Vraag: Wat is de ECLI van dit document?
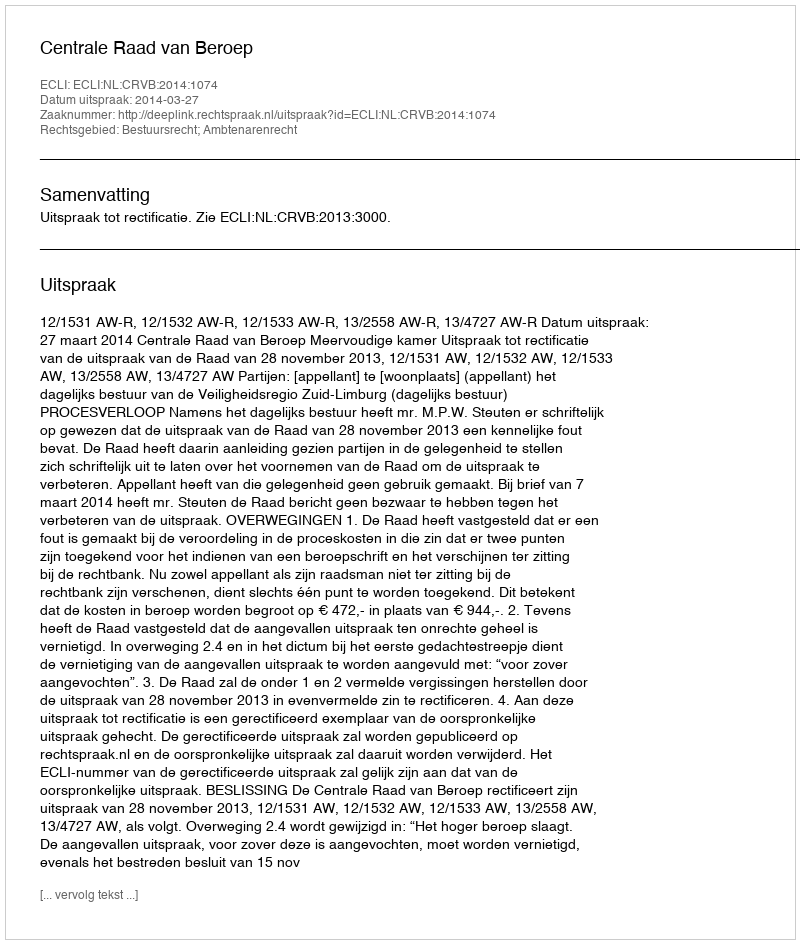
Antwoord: ECLI:NL:CRVB:2014:1074